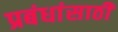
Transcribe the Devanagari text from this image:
प्रबंधांसाठी